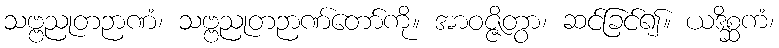
သဗ္ဗညုတဉာဏံ၊ သဗ္ဗညုတဉာဏ်တော်ကို။ အာဝဇ္ဇိတွာ၊ ဆင်ခြင်၍။ ယဒိစ္ဆကံ၊